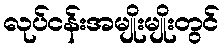
လုပ်ငန်းအမျိုးမျိုးတွင်